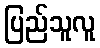
ပြည်သူလူ